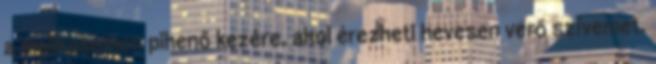
a mellkasomon pihenő kezére, ahol érezheti hevesen verő szívemet.